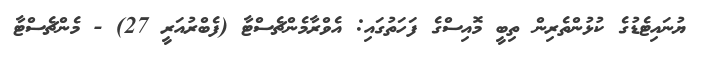
ޔުނައިޓެޑުގެ ކުޅުންތެރިން ތިބީ މޮއިސްގެ ފަހަތުގައި: އެވްރާމެންޗެސްޓާ (ފެބްރުއަރީ 27) - މެންޗެސްޓާ